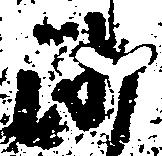
沙